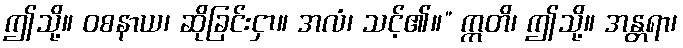
ဤသို့။ ဝစနာယ၊ ဆိုခြင်းငှာ။ အလံ၊ သင့်၏။” ဣတိ၊ ဤသို့။ အန္တရာ၊